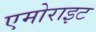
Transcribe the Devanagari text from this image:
एमोराइट